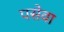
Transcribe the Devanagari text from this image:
पसेवा